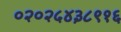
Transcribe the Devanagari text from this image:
०२०२५४३८९१६